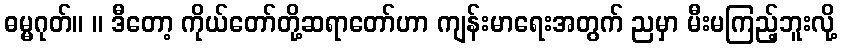
ဓမ္မဂုတ်။ ။ ဒီတော့ ကိုယ်တော်တို့ဆရာတော်ဟာ ကျန်းမာရေးအတွက် ညမှာ မီးမကြည့်ဘူးလို့